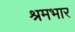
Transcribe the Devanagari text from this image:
श्रमभार